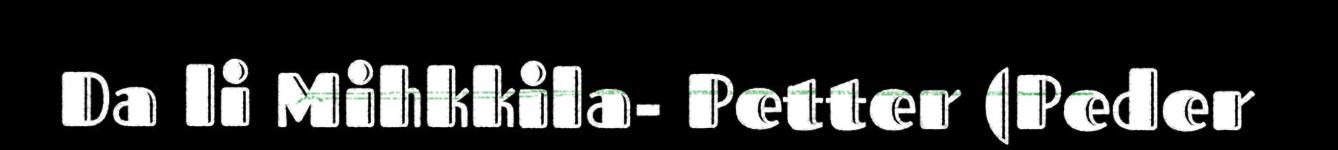
Da li Mihkkila- Petter (Peder